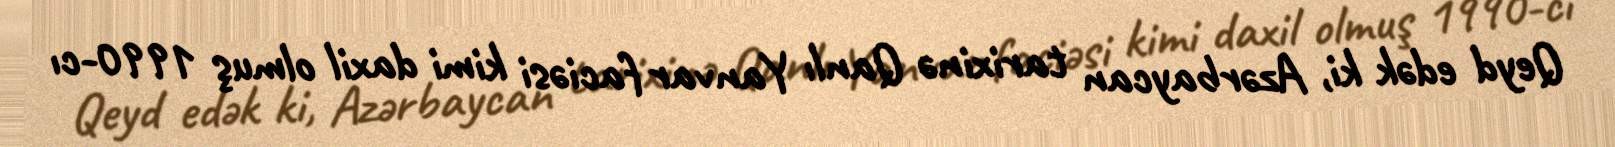
Qeyd edək ki, Azərbaycan tarixinə Qanlı Yanvar faciəsi kimi daxil olmuş 1990-cı